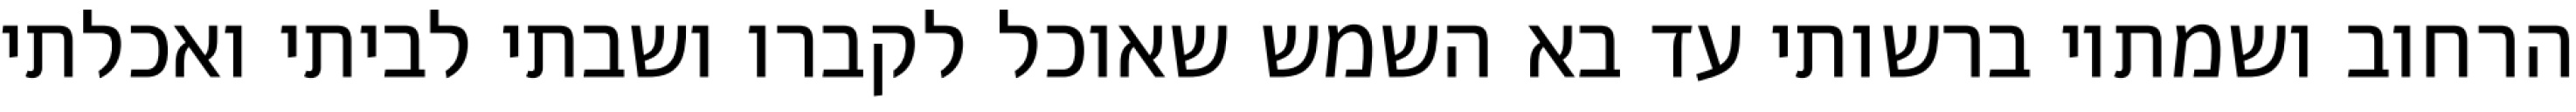
הרחוב ושמתיו ברשותי עד בא השמש שאוכל לקברו ושבתי לביתי ואכלתי